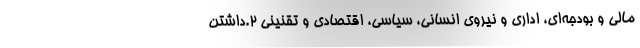
مالی و بودجه‌ای، اداری و نیروی انسانی، سیاسی، اقتصادی و تقنینی ۲.داشتن